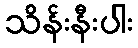
သိန်းနီးပါး